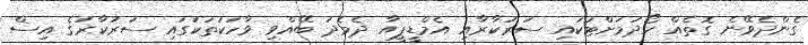
ގެންދެވޭނެ ގޮތެއް ހޯދުމަށްޓަކައި ސަރުކާރާއި އެމްޑީޕީއާ ދެމެދު ބޭއްވި ވާހަކަތަކުގައި ސަރުކާރުގެ އިސް